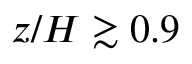
z / H \gtrsim 0 . 9